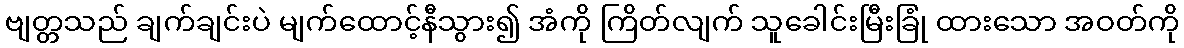
ဗျတ္တသည် ချက်ချင်းပဲ မျက်ထောင့်နီသွား၍ အံကို ကြိတ်လျက် သူခေါင်းမြီးခြုံ ထားသော အဝတ်ကို